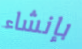
بإنشاء